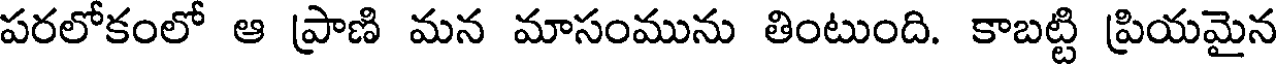
పరలోకంలో ఆ ప్రాణి మన మాసంమును తింటుంది. కాబట్టి ప్రియమైన